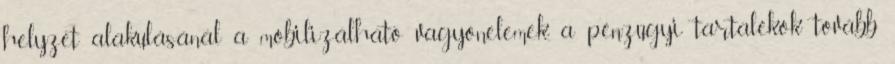
helyzet alakulásánál a mobilizálható vagyonelemek, a pénzügyi tartalékok tovább